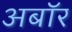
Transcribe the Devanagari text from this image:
अबॉर